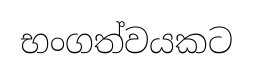
භංගත්වයකට